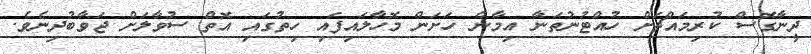
ދީނާގޮސް ކުރިމައްޗަށް ހުއްޓުނުތަނާ އިމާން ހަށަން މޮހާލައިފައި ހިތުގައި އޮތް ސުވާލަށް ޖަވާބުދިނެވެ.